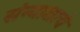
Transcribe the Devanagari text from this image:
संन्याशाचे